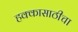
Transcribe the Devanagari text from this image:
हक्कासाठीचा